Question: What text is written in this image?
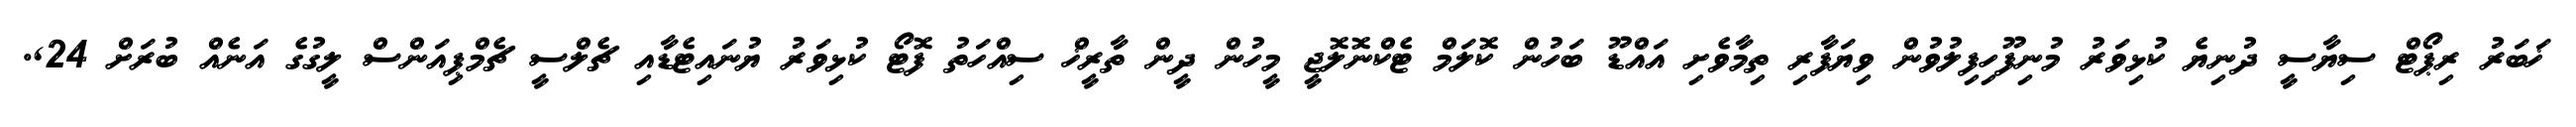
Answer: ޚަބަރު ރިޕޯޓް ސިޔާސީ ދުނިޔެ ކުޅިވަރު މުނިފޫހިފިލުވުން ވިޔަފާރި ތިމާވެށި އައްޑޫ ބަހުން ކޮލަމް ޓެކްނޮލޮޖީ މީހުން ދީން ތާރީޚް ސިއްހަތު ފޮޓޯ ކުޅިވަރު ޔުނައިޓެޑާއި ޗެލްސީ ޗެމްޕިއަންސް ލީގުގެ އަނެއް ބުރަށް 24,.